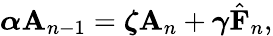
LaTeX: \boldsymbol\alpha\mathbf{A}_{n-1}=\boldsymbol\zeta\mathbf{A}_{n}+\boldsymbol\gamma\hat{\mathbf{F}}_{n},